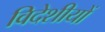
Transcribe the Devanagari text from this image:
विदेशीयों